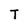
Character: T